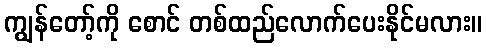
ကျွန်တော့်ကို စောင် တစ်ထည်လောက်ပေးနိုင်မလား။